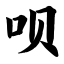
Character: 呗